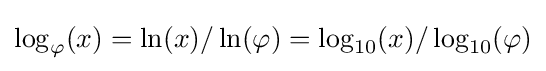
\log _{\varphi }(x)=\ln(x)/\ln(\varphi )=\log _{10}(x)/\log _{10}(\varphi )